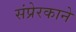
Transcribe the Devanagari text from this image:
संप्रेरकाने